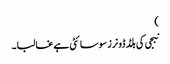
)
نبجی کی بلڈ ڈونرز سوسائٹی ہے غالبا۔